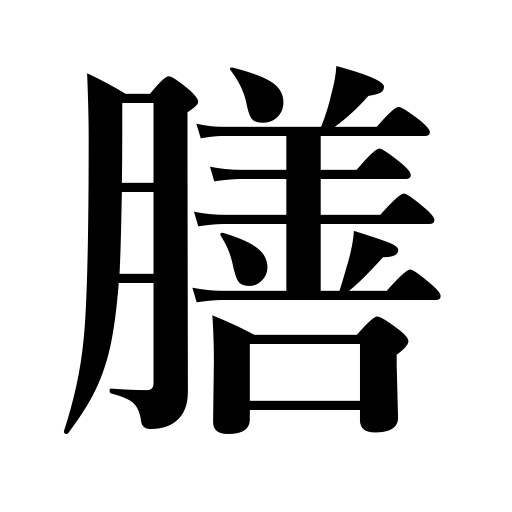
Meanings: tray,small low table